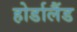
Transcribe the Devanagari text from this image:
होर्डालैंड